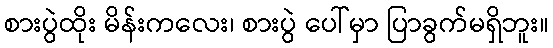
စားပွဲထိုး မိန်းကလေး၊ စားပွဲ ပေါ်မှာ ပြာခွက်မရှိဘူး။